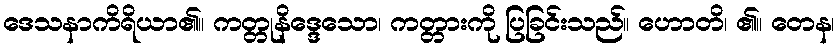
ဒေသနာကိရိယာ၏။ ကတ္တုနိဒ္ဒေသော၊ ကတ္တားကို ပြခြင်းသည်။ ဟောတိ၊ ၏။ တေန၊